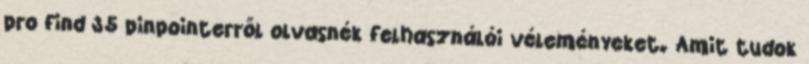
pro find 35 pinpointerről olvasnék felhasználói véleményeket. Amit tudok